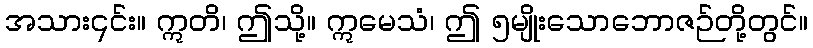
အသား၎င်း။ ဣတိ၊ ဤသို့။ ဣမေသံ၊ ဤ ၅မျိုးသောဘောဇဉ်တို့တွင်။